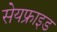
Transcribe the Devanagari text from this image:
सेयफ्राइड